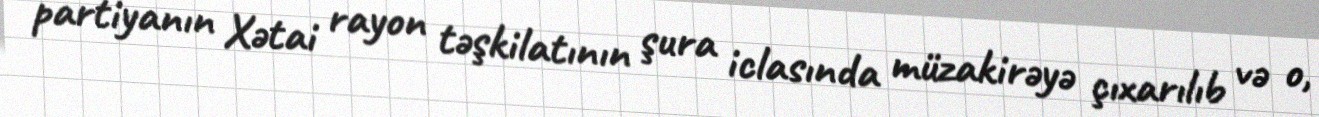
partiyanın Xətai rayon təşkilatının şura iclasında müzakirəyə çıxarılıb və o,